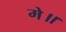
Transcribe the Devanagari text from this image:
मे॥